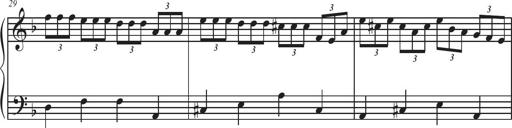
Title: Sonatina Espania
Composer: Jerald Franklin Archer
Key: Various